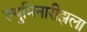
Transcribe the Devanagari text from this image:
ल्युमिनारीझला